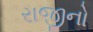
રાજીનો